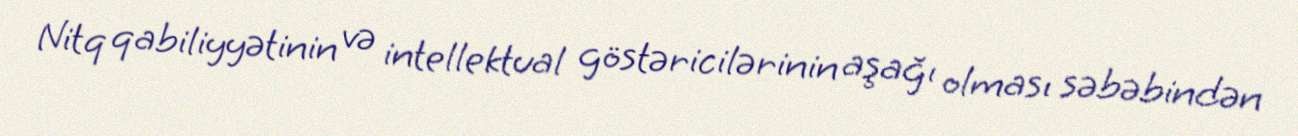
Nitq qabiliyyətinin və intellektual göstəricilərinin aşağı olması səbəbindən